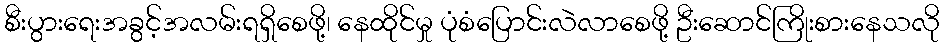
စီးပွားရေးအခွင့်အလမ်းရရှိစေဖို့၊ နေထိုင်မှု ပုံစံပြောင်းလဲလာစေဖို့ ဦးဆောင်ကြိုးစားနေသလို